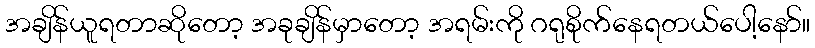
အချိန်ယူရတာဆိုတော့ အခုချိန်မှာတော့ အရမ်းကို ဂရုစိုက်နေရတယ်ပေါ့နော်။